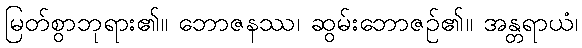
မြတ်စွာဘုရား၏။ ဘောဇနဿ၊ ဆွမ်းဘောဇဉ်၏။ အန္တရာယံ၊